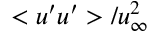
< u ^ { \prime } u ^ { \prime } > / u _ { \infty } ^ { 2 }